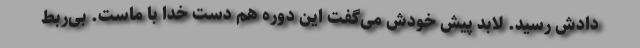
دادش رسید. لابد پیش خودش می‌گفت این دوره هم دست خدا با ماست. بی‌ربط